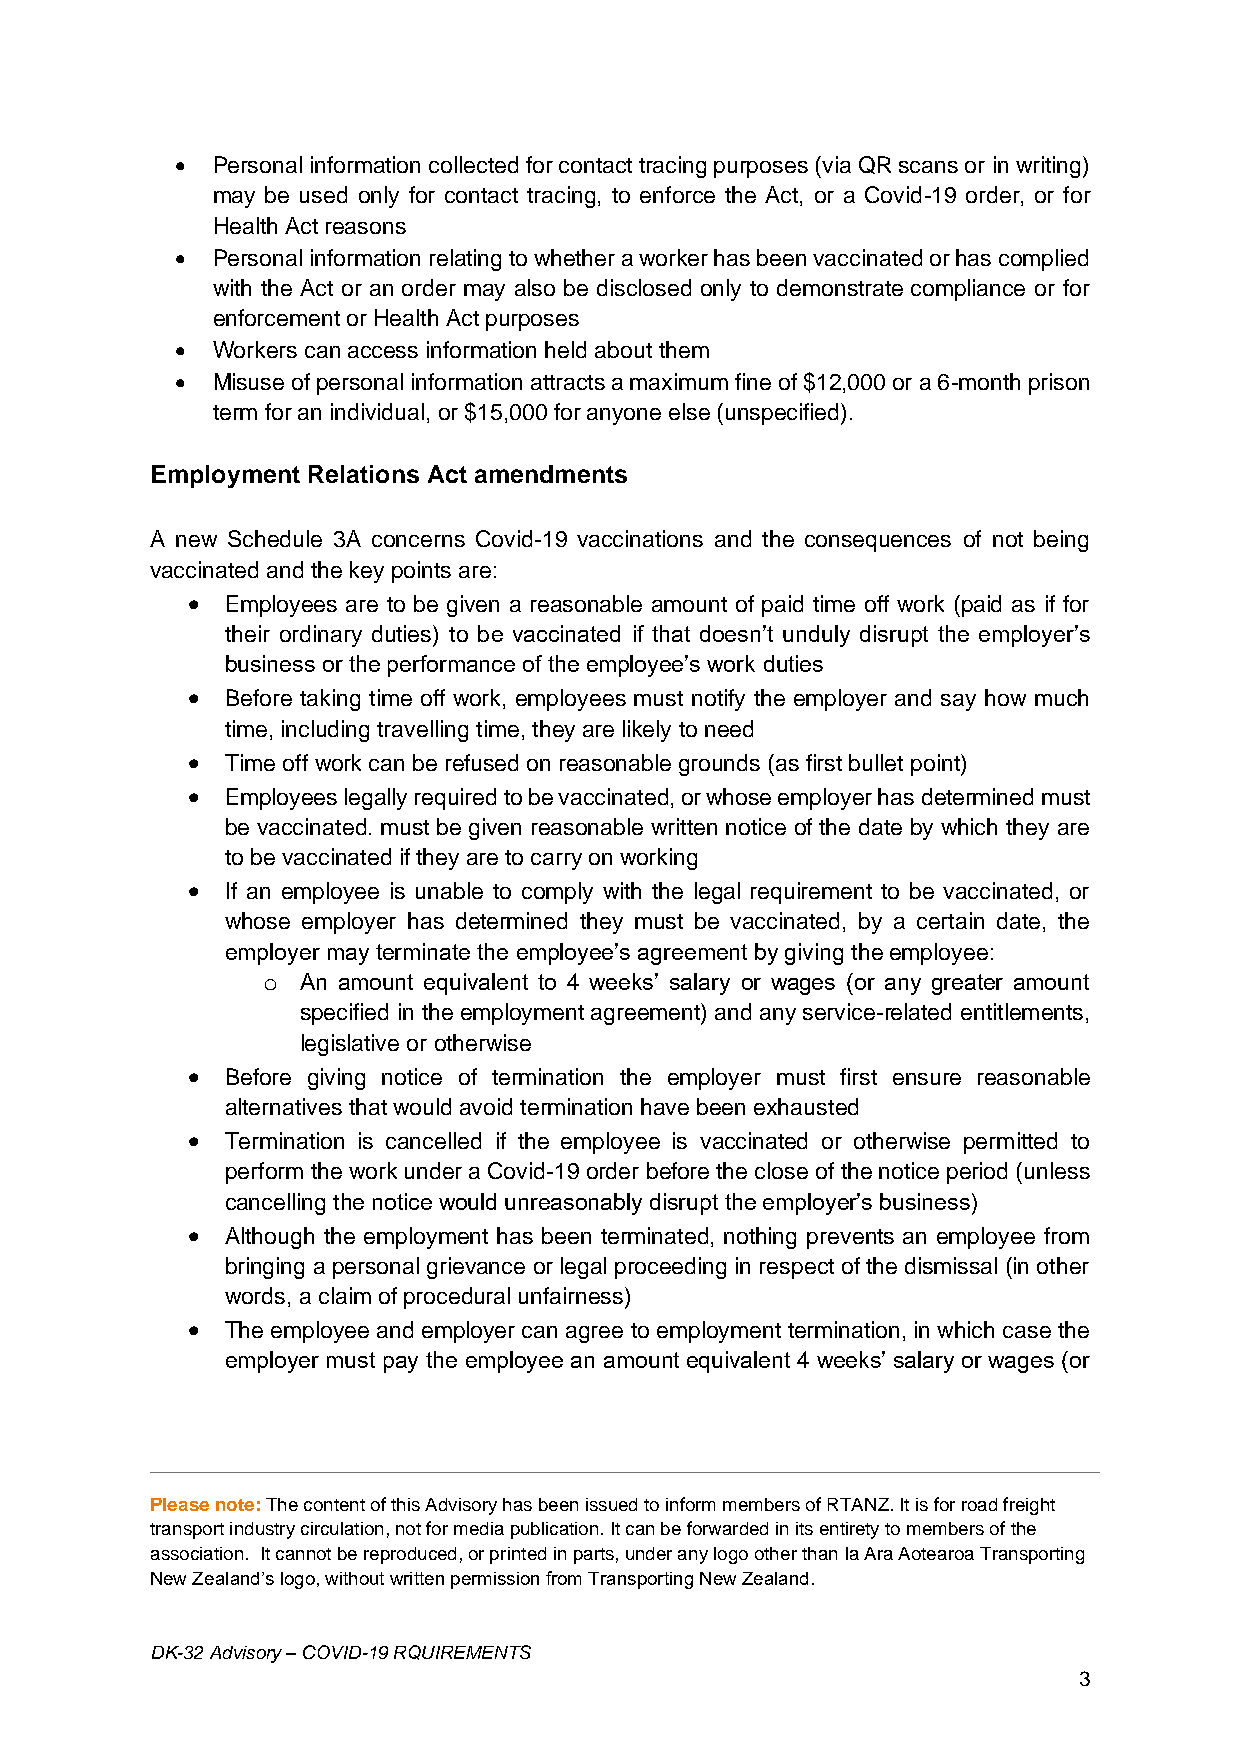
• Personal information collected for contact tracing purposes (via QR scans or in writing)
 may be used only for contact tracing, to enforce the Act, or a Covid-19 order, or for
 Health Act reasons
 • Personal information relating to whether a worker has been vaccinated or has complied
 with the Act or an order may also be disclosed only to demonstrate compliance or for
 enforcement or Health Act purposes
 • Workers can access information held about them
 • Misuse of personal information attracts a maximum fine of $12,000 or a 6-month prison
 term for an individual, or $15,000 for anyone else (unspecified).
 Employment Relations Act amendments
 A new Schedule 3A concerns Covid-19 vaccinations and the consequences of not being
 vaccinated and the key points are:
 •  Employees are to be given a reasonable amount of paid time off work (paid as if for
 their ordinary duties) to be vaccinated if that doesn’t unduly disrupt the employer’s
 business or the performance of the employee’s work duties
 •  Before taking time off work, employees must notify the employer and say how much
 time, including travelling time, they are likely to need
 •  Time off work can be refused on reasonable grounds (as first bullet point)
 •  Employees legally required to be vaccinated, or whose employer has determined must
 be vaccinated. must be given reasonable written notice of the date by which they are
 to be vaccinated if they are to carry on working
 •  If an employee is unable to comply with the legal requirement to be vaccinated, or
 whose employer has determined they must be vaccinated, by a certain date, the
 employer may terminate the employee’s agreement by giving the employee:
 o  An amount equivalent to 4 weeks’ salary or wages (or any greater amount
 specified in the employment agreement) and any service-related entitlements,
 legislative or otherwise
 •  Before giving notice of termination the employer must first ensure reasonable
 alternatives that would avoid termination have been exhausted
 •  Termination is cancelled if the employee is vaccinated or otherwise permitted to
 perform the work under a Covid-19 order before the close of the notice period (unless
 cancelling the notice would unreasonably disrupt the employer’s business)
 •  Although the employment has been terminated, nothing prevents an employee from
 bringing a personal grievance or legal proceeding in respect of the dismissal (in other
 words, a claim of procedural unfairness)
 •  The employee and employer can agree to employment termination, in which case the
 employer must pay the employee an amount equivalent 4 weeks’ salary or wages (or
 Please note: The content of this Advisory has been issued to inform members of RTANZ. It is for road freight
 transport industry circulation, not for media publication. It can be forwarded in its entirety to members of the
 association. It cannot be reproduced, or printed in parts, under any logo other than Ia Ara Aotearoa Transporting
 New Zealand’s logo, without written permission from Transporting New Zealand.
 DK-32 Advisory – COVID-19 RQUIREMENTS
 3